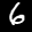
Label: 6